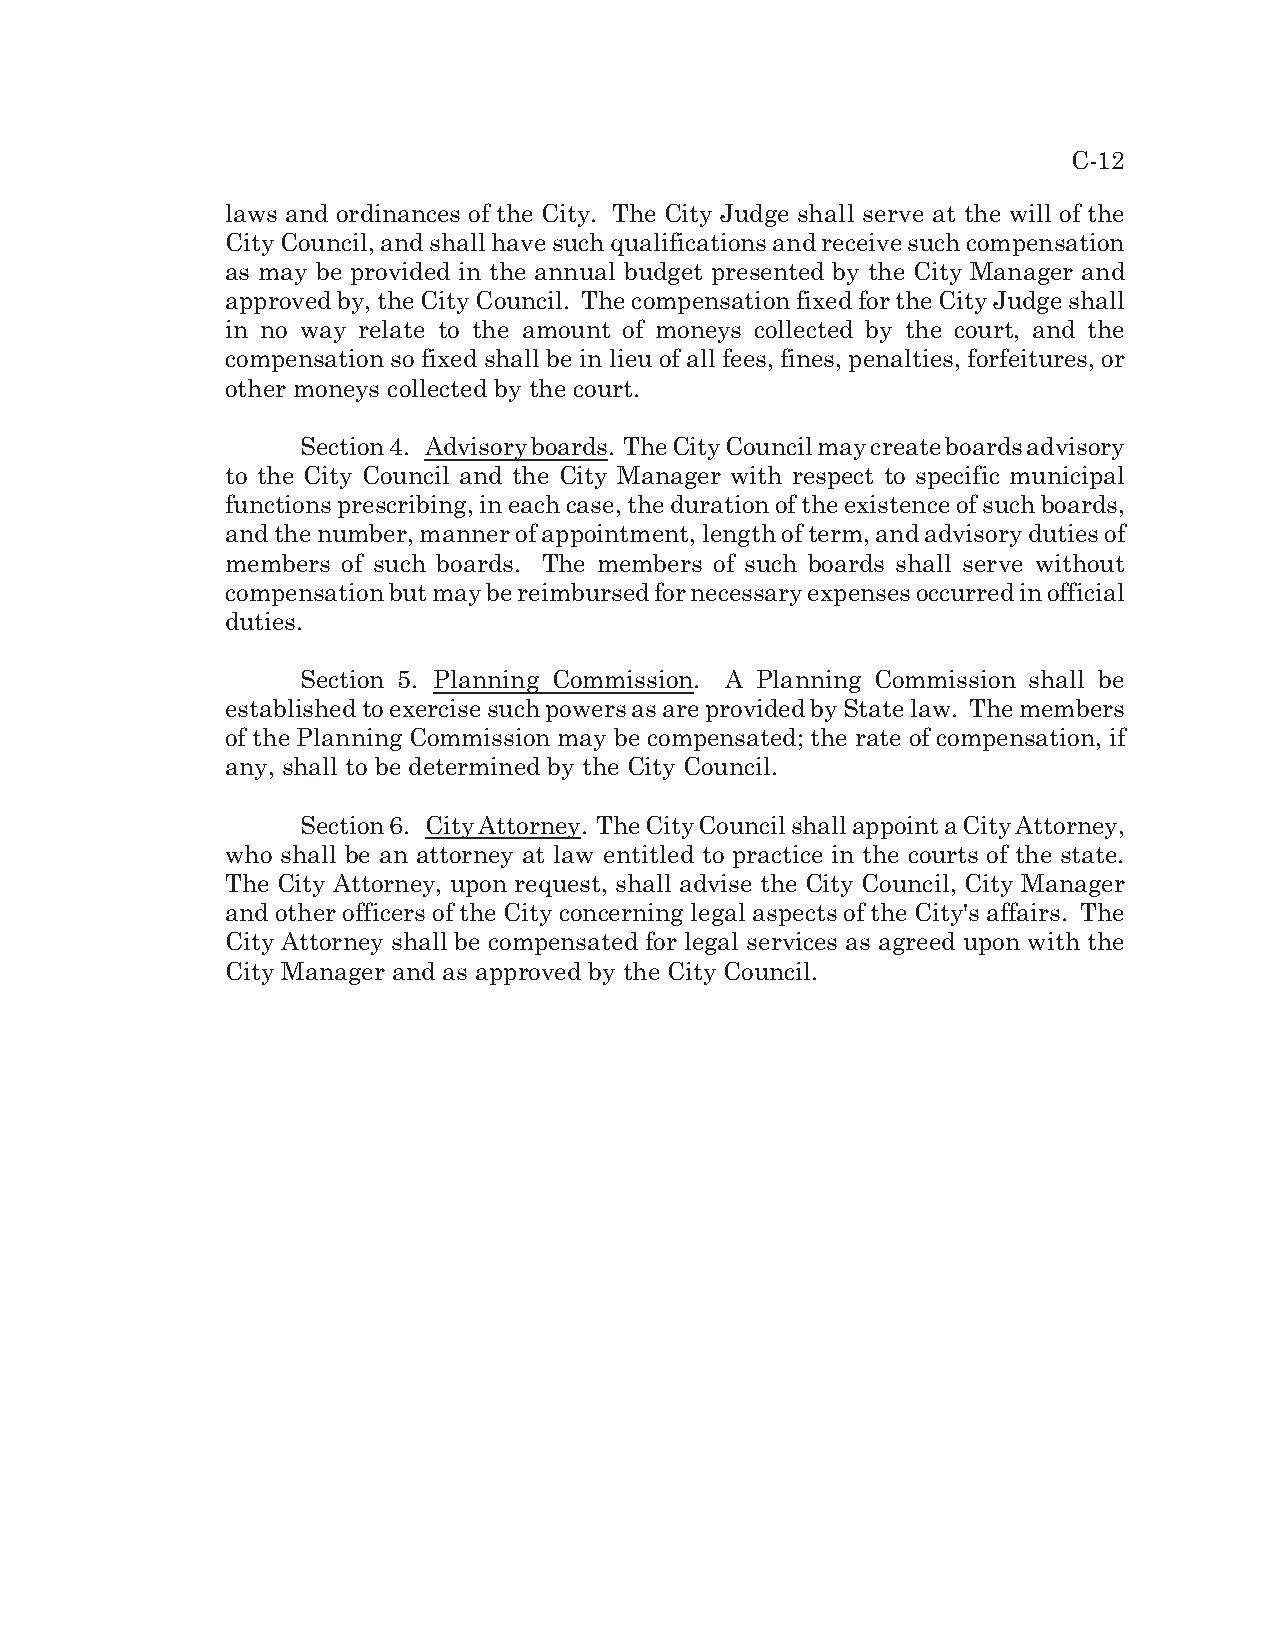
C-12
 laws and ordinances of the City. The City Judge shall serve at the will of the
 City Council, and shall have such qualifications and receive such compensation
 as may be provided in the annual budget presented by the City Manager and
 approved by, the City Council. The compensation fixed for the City Judge shall
 in no way relate to the amount of moneys collected by the court, and the
 compensation so fixed shall be in lieu of all fees, fines, penalties, forfeitures, or
 other moneys collected by the court.
 Section 4. Advisory boards. The City Council may create boards advisory
 to the City Council and the City Manager with respect to specific municipal
 functions prescribing, in each case, the duration of the existence of such boards,
 and the number, manner of appointment, length of term, and advisory duties of
 members of such boards. The members of such boards shall serve without
 compensation but may be reimbursed for necessary expenses occurred in official
 duties.
 Section 5. Planning Commission. A Planning Commission shall be
 established to exercise such powers as are provided by State law. The members
 of the Planning Commission may be compensated; the rate of compensation, if
 any, shall to be determined by the City Council.
 Section 6. City Attorney. The City Council shall appoint a City Attorney,
 who shall be an attorney at law entitled to practice in the courts of the state.
 The City Attorney, upon request, shall advise the City Council, City Manager
 and other officers of the City concerning legal aspects of the City's affairs. The
 City Attorney shall be compensated for legal services as agreed upon with the
 City Manager and as approved by the City Council.